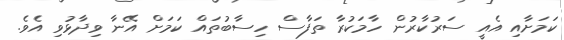
ކަމަށާއި އެއީ ސަރުކާރުން ހާމަކުރާ ތަފާސް ހިސާބުތައް ކަމަށް އޭނާ ވިދާޅުވި އެވެ.